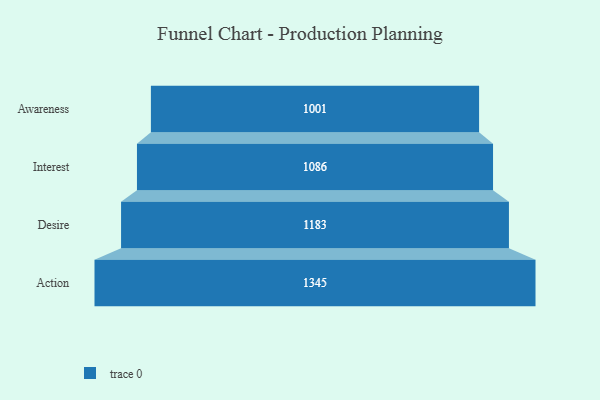
{"axis": {"x": "Stage", "y": "Value"}, "legend": [""], "data": [{"x": "Awareness", "y": 1001.0, "type": ""}, {"x": "Interest", "y": 1086.0, "type": ""}, {"x": "Desire", "y": 1183.0, "type": ""}, {"x": "Action", "y": 1345.0, "type": ""}]}